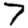
Digit: 7